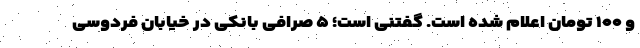
و ۱۰۰ تومان اعلام شده است. گفتنی است؛ ۵ صرافی بانکی در خیابان فردوسی